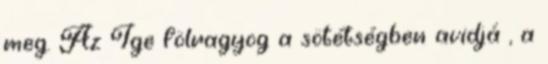
meg. Az Ige fölragyog a sötétségben avidjá , a